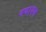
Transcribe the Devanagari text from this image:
नयायम